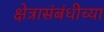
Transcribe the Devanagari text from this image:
क्षेत्रासंबंधीच्या